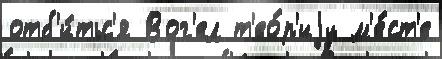
отб'и́тьс'я Вог'ел т'ео́р'иjу м'е́ст'е